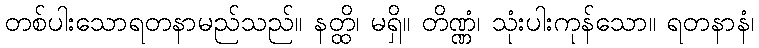
တစ်ပါးသောရတနာမည်သည်။ နတ္ထိ၊ မရှိ။ တိဏ္ဏံ၊ သုံးပါးကုန်သော။ ရတနာနံ၊